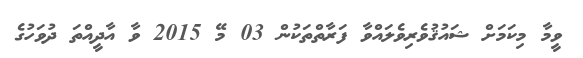
ވީމާ މިކަމަށް ޝައުޤުވެރިވެލައްވާ ފަރާތްތަކުން 03 މޭ 2015 ވާ އާދީއްތަ ދުވަހުގެ